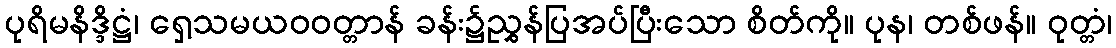
ပုရိမနိဒ္ဒိဋ္ဌံ၊ ရှေ့သမယဝဝတ္တာန် ခန်း၌ညွှန်ပြအပ်ပြီးသော စိတ်ကို။ ပုန၊ တစ်ဖန်။ ဝုတ္တံ၊